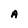
Character: A